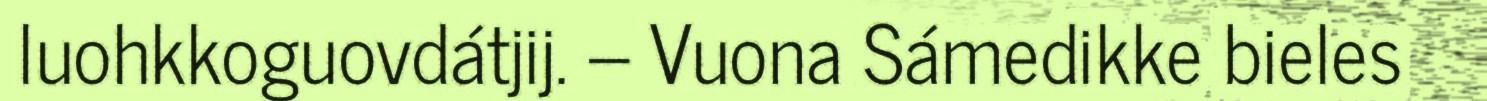
luohkkoguovdátjij. – Vuona Sámedikke bieles